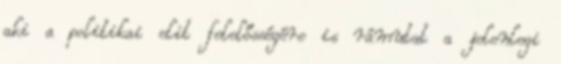
aki a politikai elit felelősségére is rámutat a jelenlegi